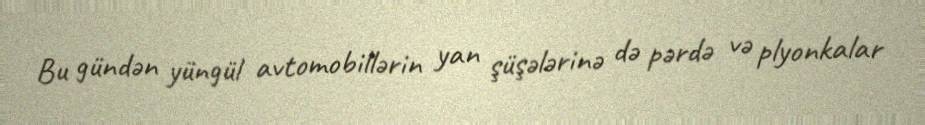
Bu gündən yüngül avtomobillərin yan şüşələrinə də pərdə və plyonkalar